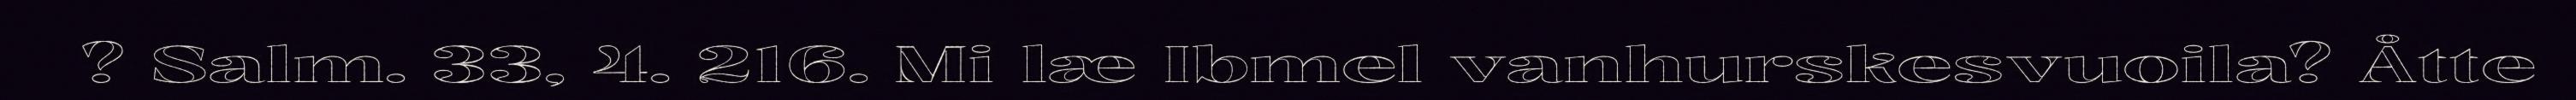
? Salm. 33, 4. 216. Mi læ Ibmel vanhurskesvuoila? Åtte